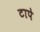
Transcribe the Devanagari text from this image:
टापे